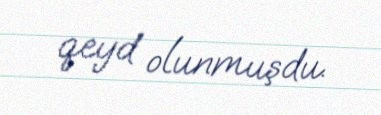
qeyd olunmuşdu.